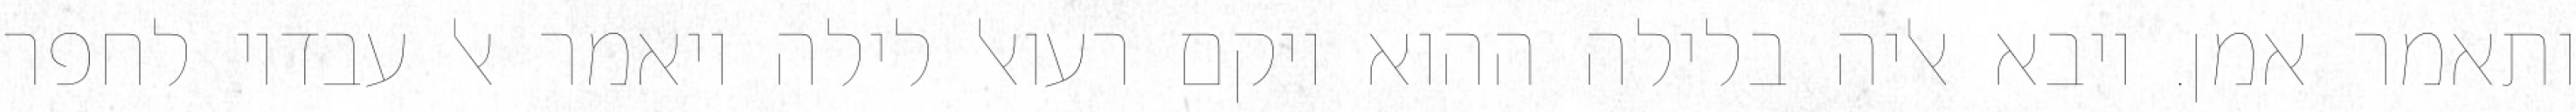
ותאמר אמן. ויבא אליה בלילה ההוא ויקם רעואל לילה ויאמר אל עבדיו לחפר